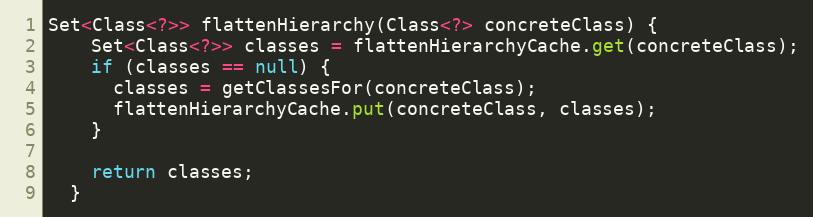
Language: Java
Set<Class<?>> flattenHierarchy(Class<?> concreteClass) {
    Set<Class<?>> classes = flattenHierarchyCache.get(concreteClass);
    if (classes == null) {
      classes = getClassesFor(concreteClass);
      flattenHierarchyCache.put(concreteClass, classes);
    }

    return classes;
  }